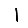
Digit: 1